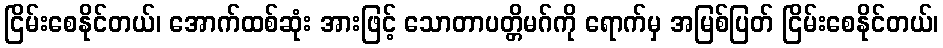
ငြိမ်းစေနိုင်တယ်၊ အောက်ထစ်ဆုံး အားဖြင့် သောတာပတ္တိမဂ်ကို ရောက်မှ အမြစ်ပြတ် ငြိမ်းစေနိုင်တယ်၊